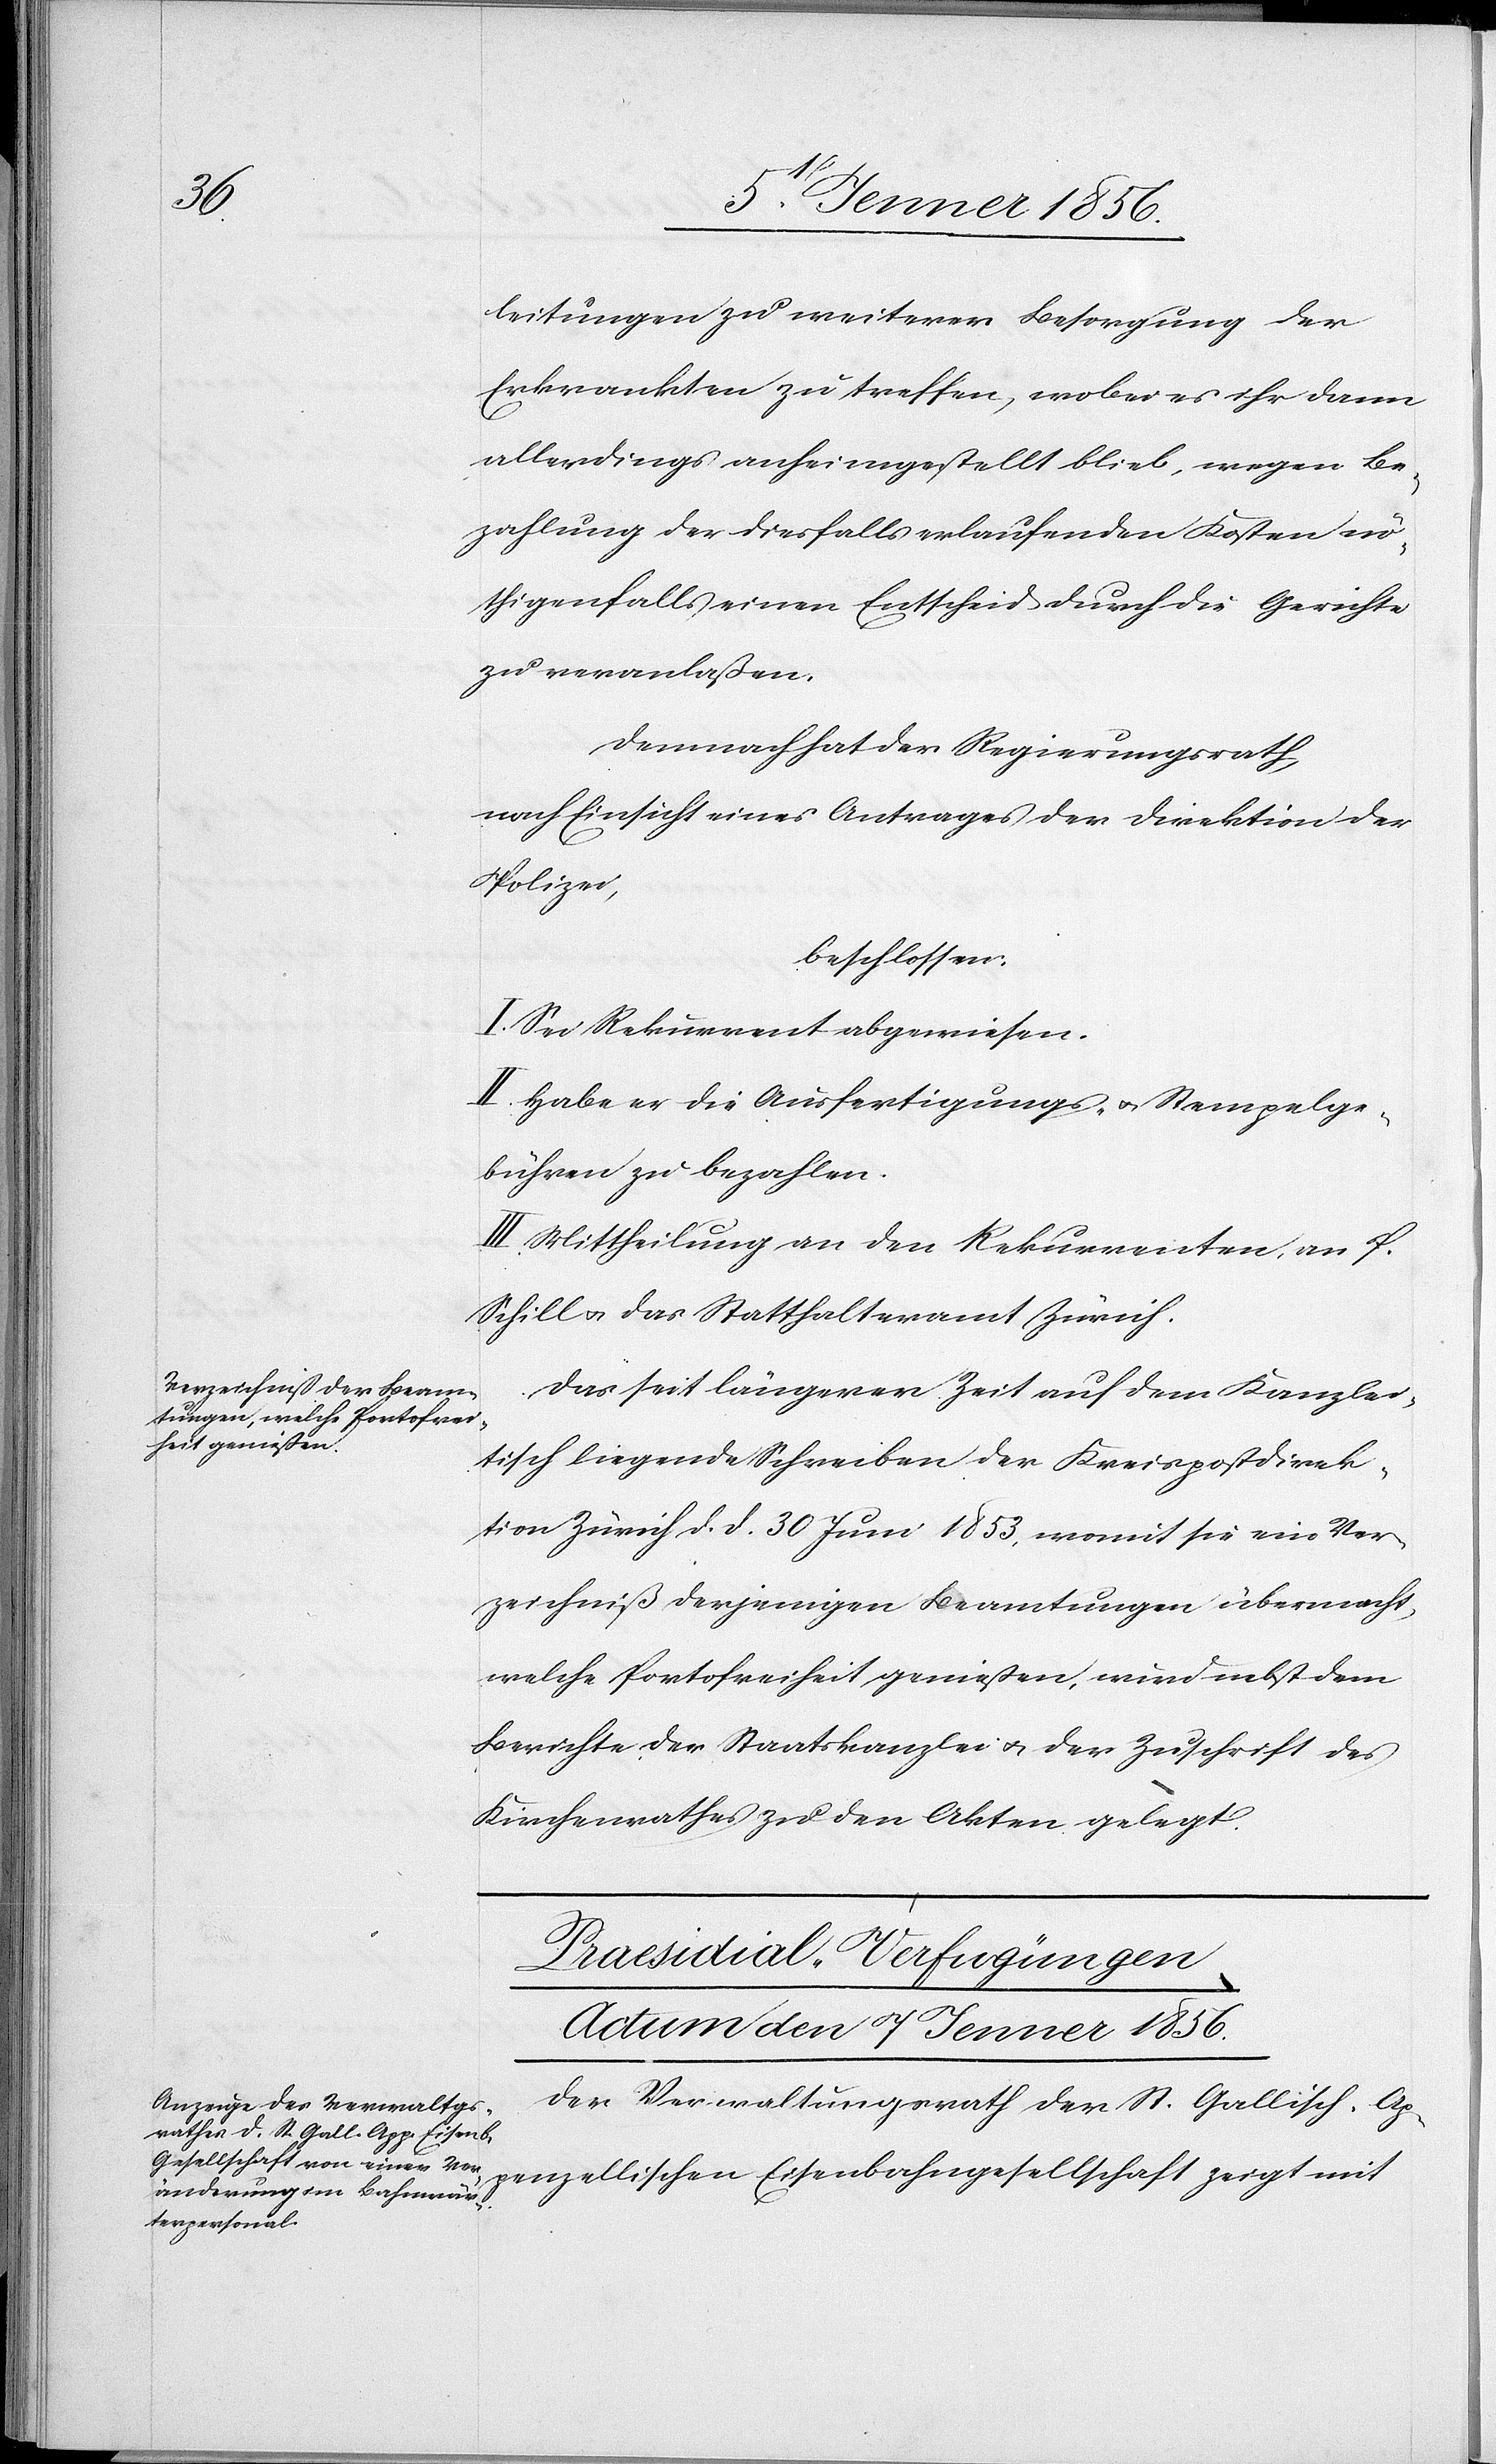
leitungen zu weiterer Besorgung der
Erkrankten zu treffen, wobei es ihr dann
allerdings anheimgestellt blieb, wegen Be¬
zahlung der diesfalls erlaufenden Kosten nö¬
thigenfalls einen Entscheid durch die Gerichte
zu veranlaßen.
Demnach hat der Regierungsrath,
nach Einsicht eines Antrages der Direktion der
Polizei,
beschlossen:
I. Sei Rekurrent abgewiesen.
II. Habe er die Ausfertigungs- u. Stempelge¬
bühren zu bezahlen.
III. Mittheilung an den Rekurrenten, an P.
Schill u. das Statthalteramt Zürich.
Das seit längerer Zeit auf dem Kanzlei¬
tisch liegende Schreiben der Kreispostdirek¬
tion Zürich d. d. 30 Juni 1853, womit sie ein Ver¬
zeichniß derjenigen Beamtungen übermacht,
welche Portofreiheit genießen, wird nebst dem
Berichte der Staatskanzlei u. der Zuschrift des
Kirchenrathes zu den Akten gelegt.
Praesidial-Verfugüngen
Actum den 7 Jenner 1856.
Der Verwaltungsrath der St. Gallisch. Ap¬
penzellischen Eisenbahngesellschaft zeigt mit